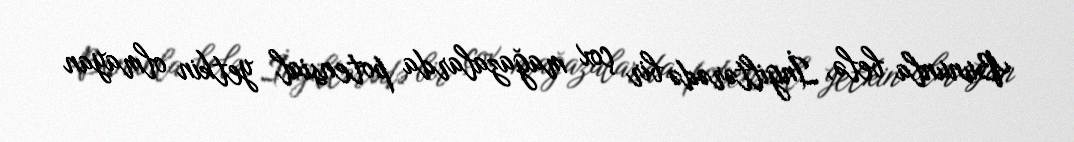
Bununla belə, İngiltərədə bir çox mağazalarda potensial yetkin olmayan